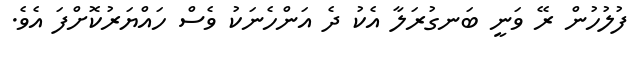
ފުލުހުން ރޭ ވަނީ ބަނގުރަލާ އެކު ދެ އަންހެނަކު ވެސް ހައްޔަރުކޮށްފަ އެވެ.